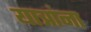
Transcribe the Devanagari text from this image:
यात्रांना